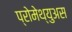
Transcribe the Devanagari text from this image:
प्रोमेथ्युअस